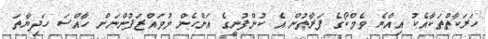
ހަރަކާތްތަކާއެކު އިއްޔެ ވެމްކޯގެ ފަރާތުން އެ ކުންފުނީގެ އަންހެން މުވައްޒަފުންނަށް ހާއްސަ ހަދިޔާތަ